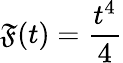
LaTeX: \mathfrak{F}(t)={\frac{{t^{4}}}{{4}}}